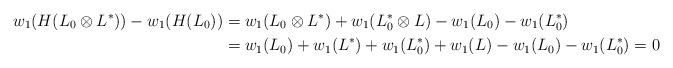
LaTeX: \begin{align*} w_1(H(L_0 \otimes L^*)) - w_1(H(L_0)) &= w_1(L_0 \otimes L^*) + w_1(L_0^* \otimes L) - w_1(L_0) - w_1(L_0^*) \\ &= w_1(L_0) + w_1(L^*) + w_1(L_0^*) + w_1(L) - w_1(L_0) - w_1(L_0^*) = 0 \end{align*}